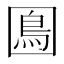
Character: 𡈙